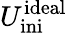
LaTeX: U_{\mathrm{ini}}^{\mathrm{ideal}}